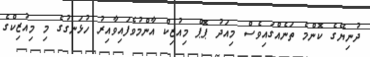
ދުނިޔޭގެ ކޮންމެ ތަނެއްގައިވެސް މިއަދު ޕޮޕް މިއުޒިކް އާންމުވެފައިވާއިރު ހުޅަނގުގެ މި މިއުޒިކްގެ